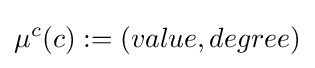
\mu ^{c}(c):=(value,degree)